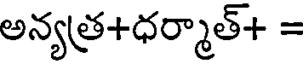
అన్యత్ర+ధర్మాత్+ =